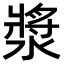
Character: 漿